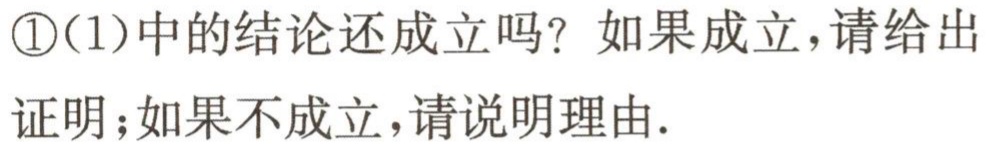
\textcircled{1}(1)中的结论还成立吗？如果成立，请给出
证明；如果不成立，请说明理由.